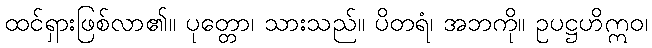
ထင်ရှားဖြစ်လာ၏။ ပုတ္တော၊ သားသည်။ ပိတရံ၊ အဘကို။ ဥပဋ္ဌဟိဣဝ၊